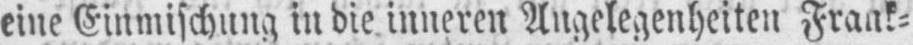
eine Einmischung in die inneren Angelegenheiten Frank⸗